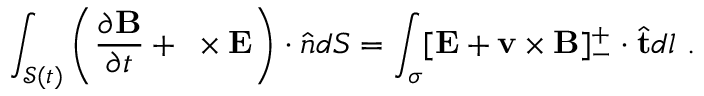
\int _ { \mathcal { S } ( t ) } \left( \frac { \partial \mathbf { B } } { \partial t } + \mathbf { \nabla } \times \mathbf { E } \right) \cdot \hat { \boldsymbol { n } } d S = \int _ { \sigma } [ \mathbf { E } + \mathbf { v } \times \mathbf { B } ] _ { - } ^ { + } \cdot \hat { \mathbf { t } } d l ~ .